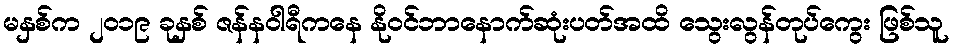
မနှစ်က ၂၀၁၉ ခုနှစ် ဇန်နဝါရီကနေ နိုဝင်ဘာနောက်ဆုံးပတ်အထိ သွေးလွန်တုပ်ကွေး ဖြစ်သူ